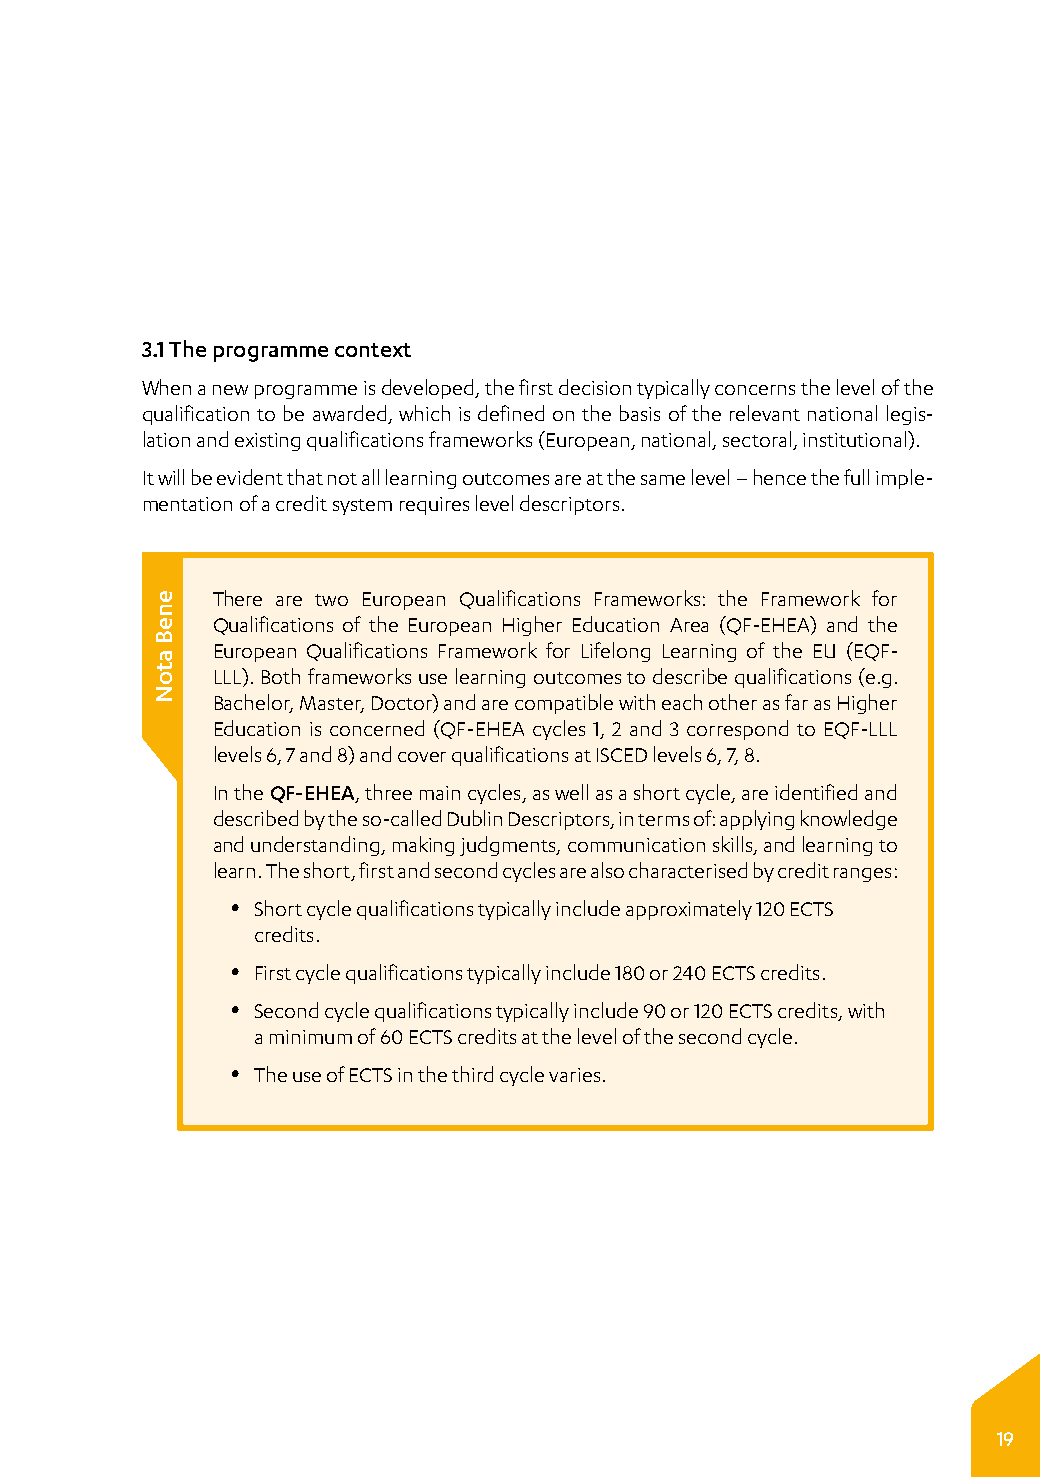
3.1 The programme context
 When a new programme is developed, the first decision typically concerns the level of the
 qualification to be awarded, which is defined on the basis of the relevant national legis­
 lation and existing qualifications frameworks (European, national, sectoral, institutional).
 It will be evident that not all learning outcomes are at the same level – hence the full imple­
 mentation of a credit system requires level descriptors.
 There are two European Qualifications Frameworks: the Framework for
 Qualifications of the European Higher Education Area (QF-EHEA) and the
 European Qualifications Framework for Lifelong Learning of the EU (EQF-
 LLL). Both frameworks use learning outcomes to describe qualifications (e.g.
 Bachelor, Master, Doctor) and are compatible with each other as far as Higher
 Education is concerned (QF-EHEA cycles 1, 2 and 3 correspond to EQF-LLL
 levels 6, 7 and 8) and cover qualifications at ISCED levels 6, 7, 8.
 In the QF-EHEA, three main cycles, as well as a short cycle, are identified and
 described by the so-called Dublin Descriptors, in terms of: applying knowledge
 and understanding, making judgments, communication skills, and learning to
 learn. The short, first and second cycles are also characterised by credit ranges:
 y Short cycle qualifications typically include approximately 120 ECTS
 credits.
 y First cycle qualifications typically include 180 or 240 ECTS credits.
 y Second cycle qualifications typically include 90 or 120 ECTS credits, with
 a minimum of 60 ECTS credits at the level of the second cycle.
 y The use of ECTS in the third cycle varies.
 19
 eneB
 atoN